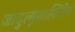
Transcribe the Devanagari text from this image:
जादुल्मुसाफ़िरीन